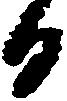
日